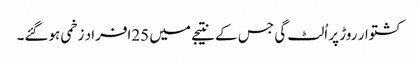
کشتوار روڑ پر اُلٹ گی جس کے نتیجے میں 25افراد زخمی ہوگئے۔